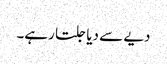
دیے سے دیا جلتا رہے۔